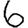
Digit: 6